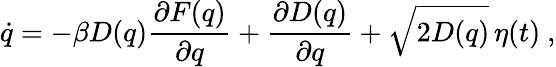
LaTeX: \dot{q}=-\beta D(q)\frac{\partial F(q)}{\partial q}+\frac{\partial D(q)}{\partial q}+\sqrt{2D(q)}\, \eta(t)~,